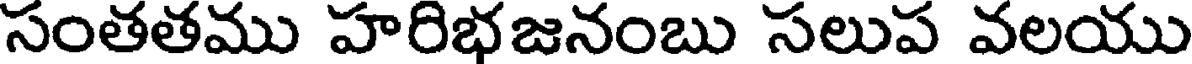
సంతతము హరిభజనంబు సలుప వలయు